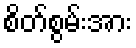
စိတ်စွမ်းအား